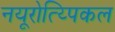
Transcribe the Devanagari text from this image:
नयूरोत्य्पिकल